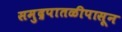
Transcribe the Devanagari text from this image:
समुद्रपातळीपासून